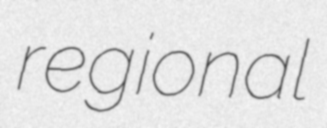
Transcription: regional